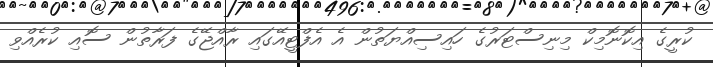
ކުރީގެ އިކޮނޮމިކް މިނިސްޓަރުގެ ހައިސިއްޔަތުން އެ އެފްޓީއޭގައި ރާއްޖޭގެ ފަރާތުން ސޮއި ކުރެއްވި